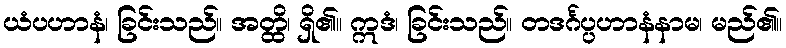
ယံပဟာနံ၊ ခြင်းသည်။ အတ္ထိ၊ ရှိ၏။ ဣဒံ၊ ခြင်းသည်။ တဒင်္ဂပ္ပဟာနံနာမ၊ မည်၏။